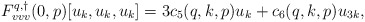
\begin{align*}F^{q,\dagger}_{vvv}(0,p)[u_k,u_k,u_k] &= 3c_5(q,k,p) u_k + c_6(q,k,p) u_{3k},\end{align*}